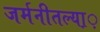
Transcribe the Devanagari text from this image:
जर्मनीतल्या़़